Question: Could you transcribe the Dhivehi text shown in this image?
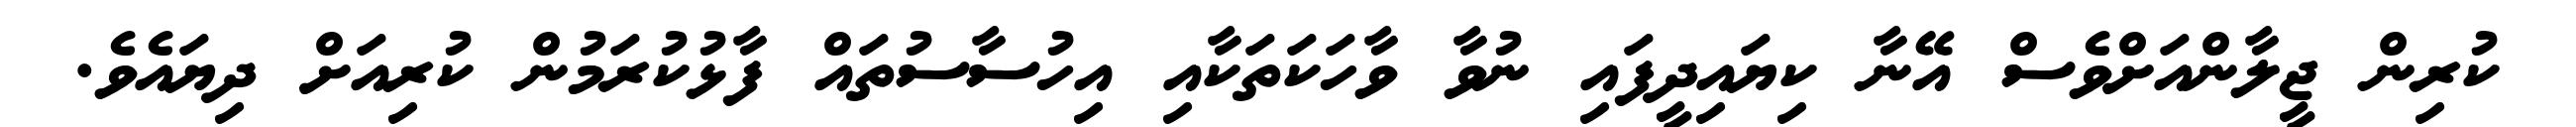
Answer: ކުރިން ޖީލާންއަށްވެސް އޭނާ ކިޔައިދީފައި ނުވާ ވާހަކަތަކާއި އިހުސާސުތައް ފާޅުކުރަމުން ކުރިއަށް ދިޔައެވެ.